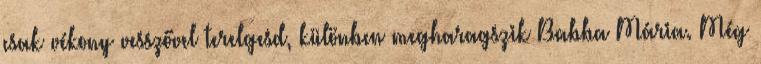
csak vékony vesszővel terelgesd, különben megharagszik Babba Mária. Még